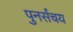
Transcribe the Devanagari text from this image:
पुनर्संचय